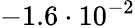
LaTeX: -1.6\cdot 10^{-2}